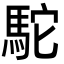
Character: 駝